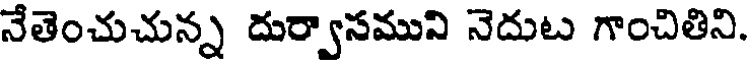
నేతెంచుచున్న దుర్వాసముని నెదుట గాంచితిని.